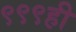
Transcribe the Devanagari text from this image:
९९९ही